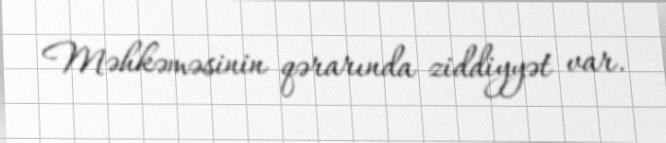
Məhkəməsinin qərarında ziddiyyət var.